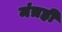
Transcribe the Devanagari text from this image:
मंत्रही